Civil Veterinary Dept. Bombay admin report 1923-31 - 1923-1931
Year: 1923
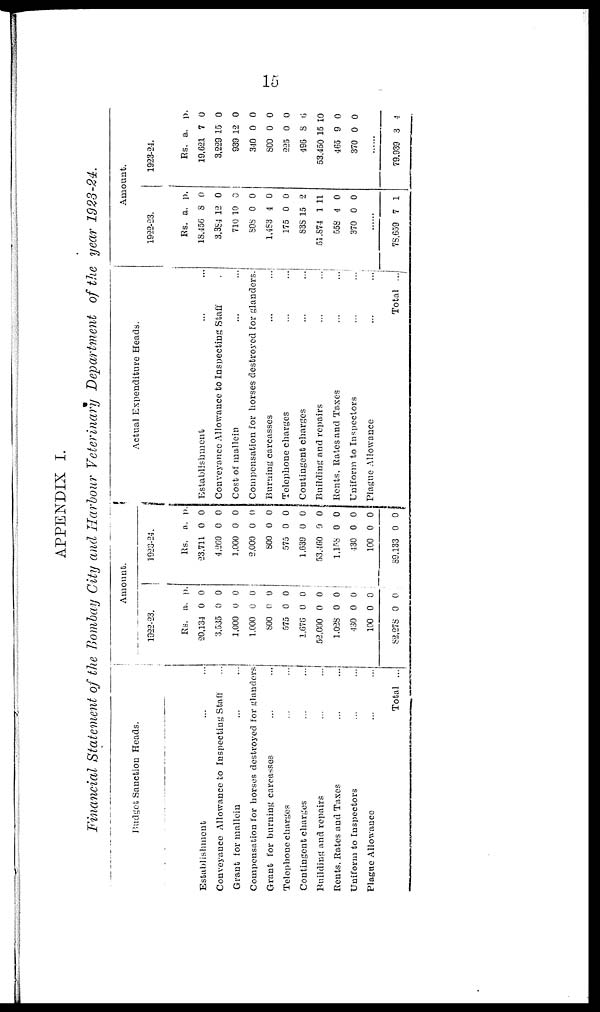
15
APPENDIX I.
Financial Statement of the Bombay City and Harbour Veterinary Department of the year 1923-24.
Budget Sanction Heads.
Establishment ... ...
Conveyance Allowance to Inspecting Staff ...
Grant for mallein ... ...
Compensation for horses destroyed for glanders
Grant for burning carcasses ... ...
Telephone charges ... ...
Contingent charges ... ...
Building and repairs ... ...
Rents. Rates and Taxes ... ...
Uniform to Inspectors ... ...
Plague Allowance ... ...
Total ...
Amount.
1922-23.
Rs.
20,134
3,535
1,000
1,000
800
575
1,670
52,000
1,028
430
100
82,278
a.
0
0
0
0
0
0
0
0
0
0
0
0
p.
0
0
0
0
0
0
0
0
0
0
0
0
1923-24.
Rs.
23,711
4,260
1,000
2,000
800
575
1,639
53,460
1,158
430
100
89,133
a.
0
0
0
0
0
0
0
0
0
0
0
0
p.
0
0
0
0
0
0
0
0
0
0
0
0
Actual Expenditure Heads.
Establishment
Conveyance Allowance to Inspecting Staff
Cost of mallein
Compensation for horses destroyed for glanders.
Burning carcasses ...
Telephone charges
Contingent charges
Building and repairs ...
Rents, Rates and Taxes
...
...
Uniform to Inspectors
Plague Allowance
...
...
Total ...
Amount.
1922-23.
Rs.
18,456
3,384
710
808
1,483
175
838
51,874
558
370
......
78,659
a.
8
12
10
0
4
0
15
1
4
0
7
p.
0
0
0
0
0
0
2
11
0
0
1
1923-24.
Rs.
19,621
3,229
939
340
800
225
496
53,450
465
370
......
79,939
a.
7
15
12
0
0
0
8
15 1
9
0
3
p.
0
0
0
0
0
0
6
0
0
0
4